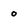
Character: o